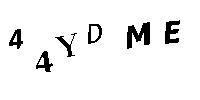
44YDME